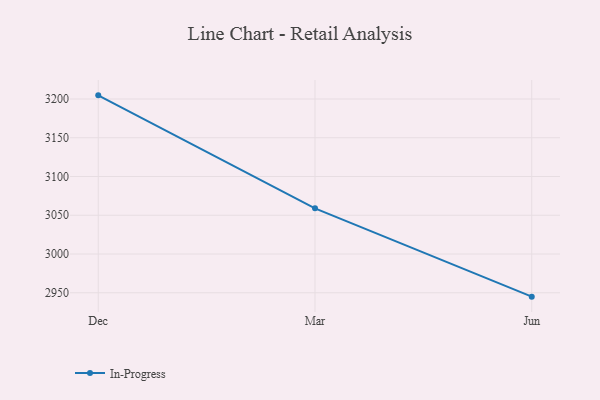
{"axis": {"x": "Month", "y": "Tickets Resolved"}, "legend": ["In-Progress"], "data": [{"x": "Dec", "y": 3204.7, "type": "In-Progress"}, {"x": "Mar", "y": 3058.9, "type": "In-Progress"}, {"x": "Jun", "y": 2945.0, "type": "In-Progress"}]}